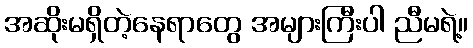
အဆိုးမရှိတဲ့နေရာတွေ အများကြီးပါ ညီမရဲ့။